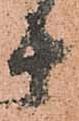
十